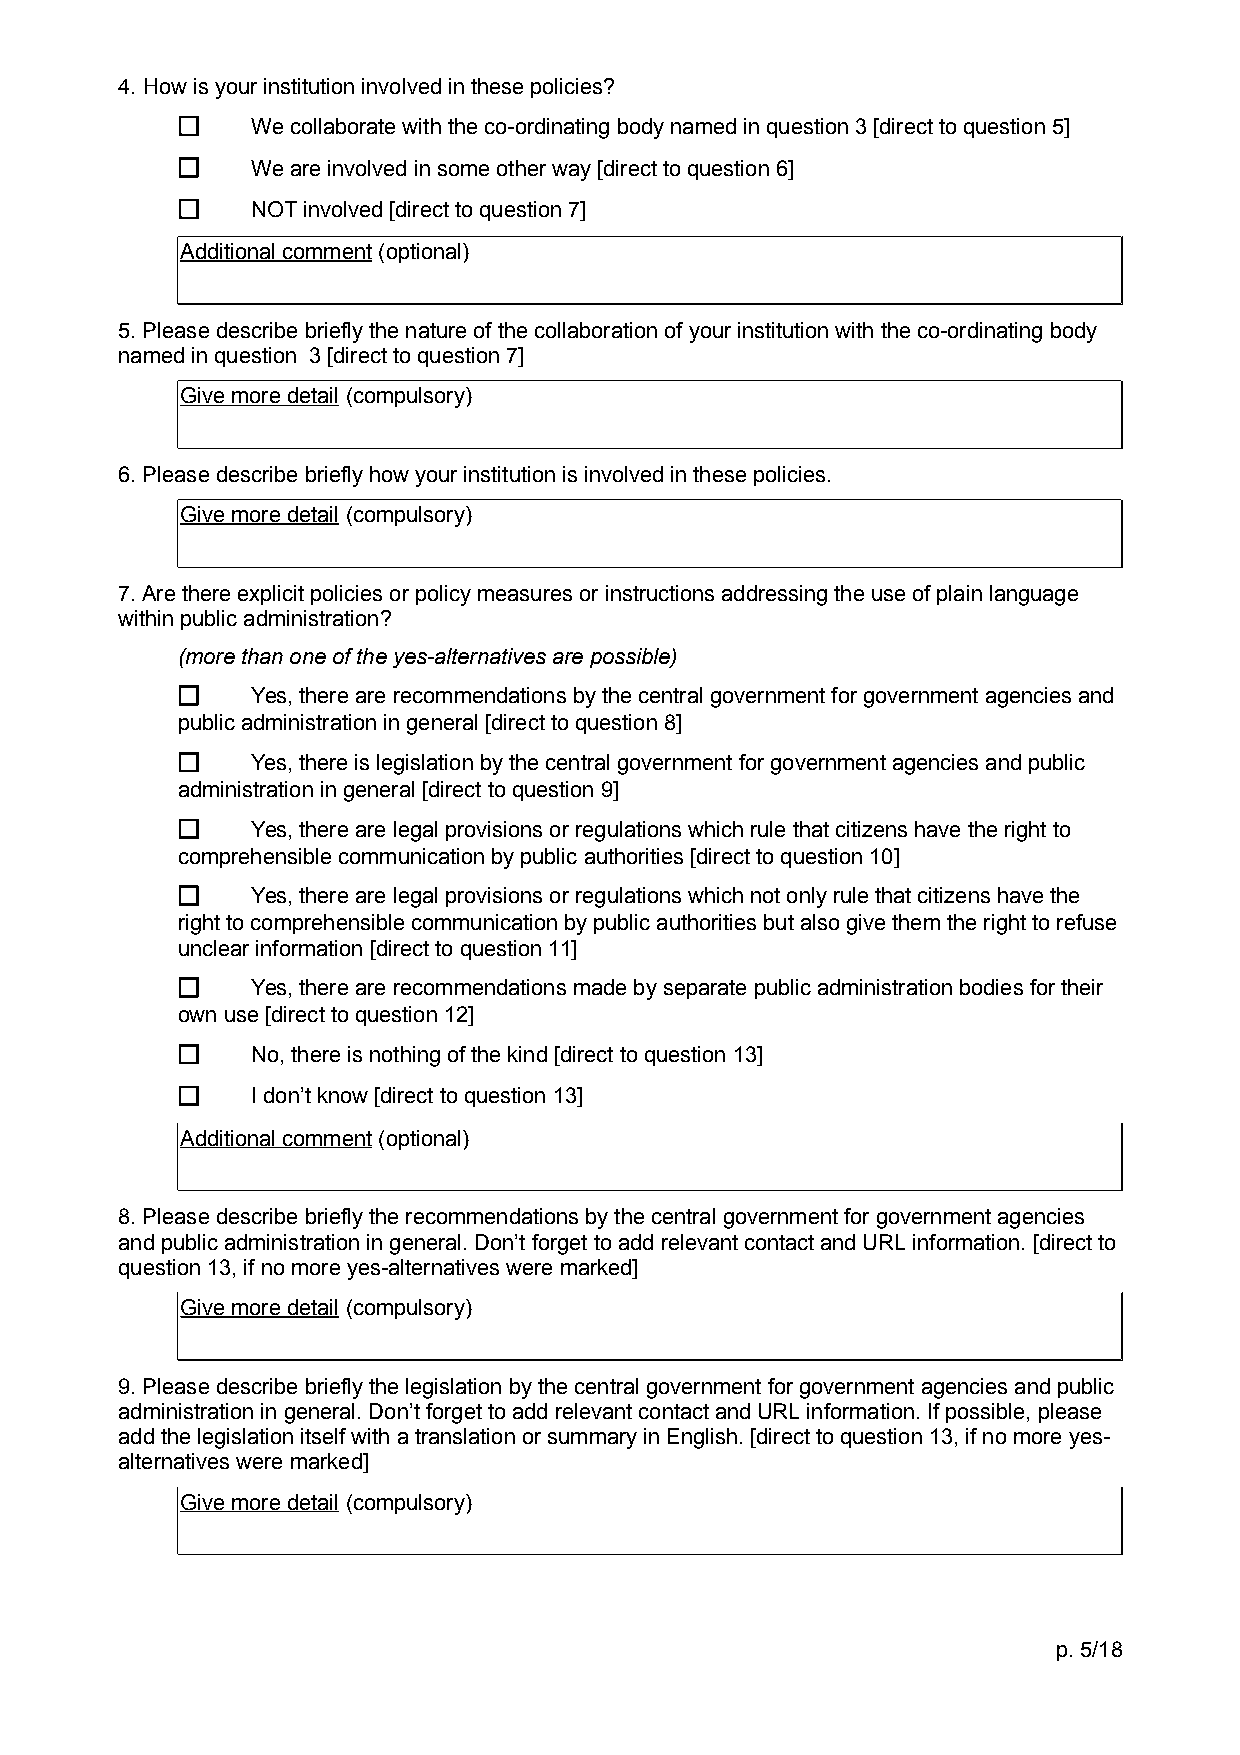
4. How is your institution involved in these policies?
 We collaborate with the co-ordinating body named in question 3 [direct to question 5]
 We are involved in some other way [direct to question 6]
 NOT involved [direct to question 7]
 Additional comment (optional)
 5. Please describe briefly the nature of the collaboration of your institution with the co-ordinating body
 named in question 3 [direct to question 7]
 Give more detail (compulsory)
 6. Please describe briefly how your institution is involved in these policies.
 Give more detail (compulsory)
 7. Are there explicit policies or policy measures or instructions addressing the use of plain language
 within public administration?
 (more than one of the yes-alternatives are possible)
 Yes, there are recommendations by the central government for government agencies and
 public administration in general [direct to question 8]
 Yes, there is legislation by the central government for government agencies and public
 administration in general [direct to question 9]
 Yes, there are legal provisions or regulations which rule that citizens have the right to
 comprehensible communication by public authorities [direct to question 10]
 Yes, there are legal provisions or regulations which not only rule that citizens have the
 right to comprehensible communication by public authorities but also give them the right to refuse
 unclear information [direct to question 11]
 Yes, there are recommendations made by separate public administration bodies for their
 own use [direct to question 12]
 No, there is nothing of the kind [direct to question 13]
 I don’t know [direct to question 13]
 Additional comment (optional)
 8. Please describe briefly the recommendations by the central government for government agencies
 and public administration in general. Don’t forget to add relevant contact and URL information. [direct to
 question 13, if no more yes-alternatives were marked]
 Give more detail (compulsory)
 9. Please describe briefly the legislation by the central government for government agencies and public
 administration in general. Don’t forget to add relevant contact and URL information. If possible, please
 add the legislation itself with a translation or summary in English. [direct to question 13, if no more yes-
 alternatives were marked]
 Give more detail (compulsory)
 p. 5/18